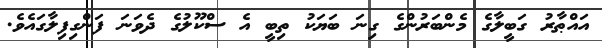
އައްޠާރު ގަބީލާގެ މެންބަރުންގެ ގިނަ ބަޔަކު ތިބީ އެ ސްކޫލުގެ ދެވަނަ ފަންގިފިލާގައެވެ.